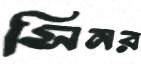
সিনর